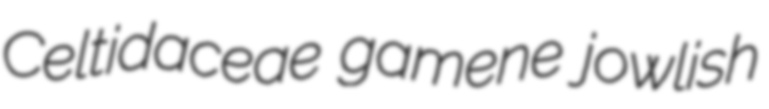
Celtidaceae gamene jowlish